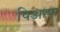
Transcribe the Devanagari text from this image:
पिअस्स